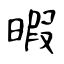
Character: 暇